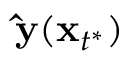
\mathbf { \hat { y } } ( \mathbf x _ { t ^ { * } } )